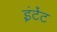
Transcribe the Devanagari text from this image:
इंटेंट